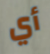
أي